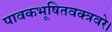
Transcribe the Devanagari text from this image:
पावकभूषितवक्त्रवरे।